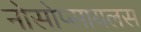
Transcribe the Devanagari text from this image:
नोसोप्सायलस